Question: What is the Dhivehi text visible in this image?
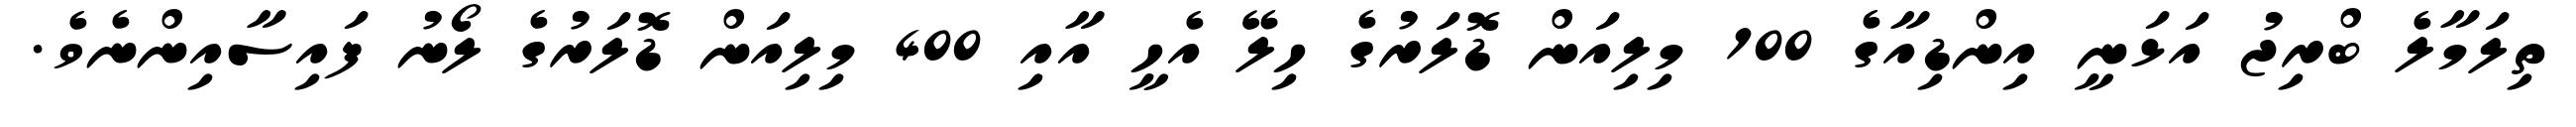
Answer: ތިލަމާލެ ބްރިޖު އަޅަނީ އިންޑިއާގެ 100 މިލިއަން ޑޮލަރުގެ ހިލޭ އެހީ އާއި 400 މިލިއަން ޑޮލަރުގެ ލޯނު ފައިސާއިންނެވެ.